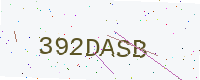
Text: 392DASB